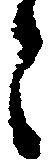
々